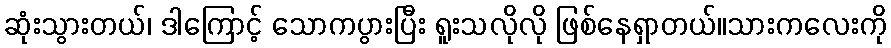
ဆုံးသွားတယ်၊ ဒါကြောင့် သောကပွားပြီး ရူးသလိုလို ဖြစ်နေရှာတယ်။သားကလေးကို